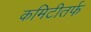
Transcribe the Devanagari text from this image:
कमिटीतर्फ